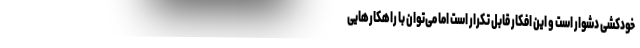
خودکشی دشوار است و این افکار قابل تکرار است اما می‌توان با راهکارهایی